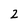
Character: 2